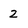
Character: 2